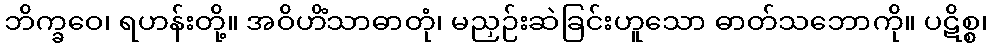
ဘိက္ခဝေ၊ ရဟန်းတို့။ အဝိဟိံသာဓာတုံ၊ မညှဉ်းဆဲခြင်းဟူသော ဓာတ်သဘောကို။ ပဋိစ္စ၊